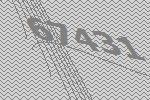
67431